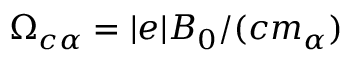
\Omega _ { c \alpha } = | e | B _ { 0 } / ( c m _ { \alpha } )